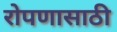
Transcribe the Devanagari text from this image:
रोपणासाठी